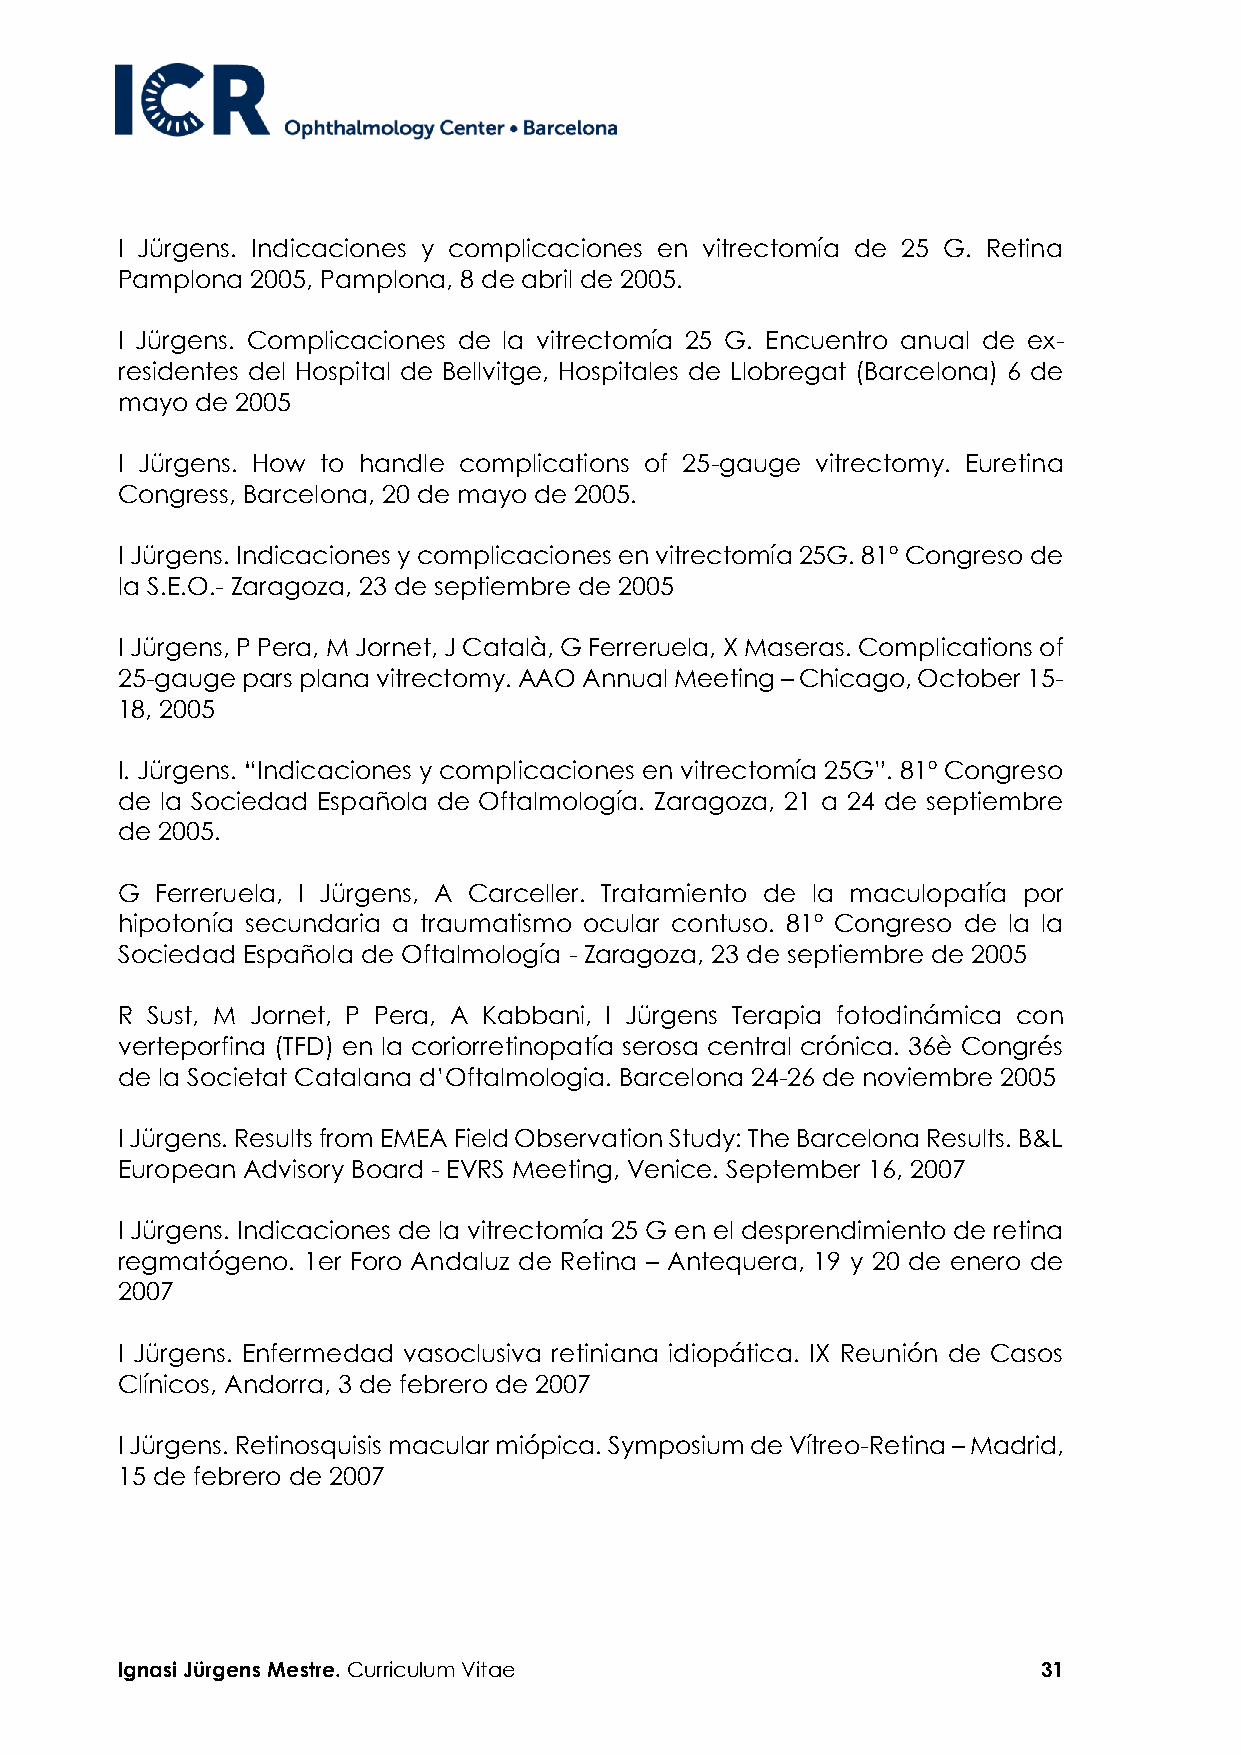
I Jürgens. Indicaciones y complicaciones en vitrectomía de 25 G. Retina
 Pamplona 2005, Pamplona, 8 de abril de 2005.
 I Jürgens. Complicaciones de la vitrectomía 25 G. Encuentro anual de ex-
 residentes del Hospital de Bellvitge, Hospitales de Llobregat (Barcelona) 6 de
 mayo de 2005
 I Jürgens. How to handle complications of 25-gauge vitrectomy. Euretina
 Congress, Barcelona, 20 de mayo de 2005.
 I Jürgens. Indicaciones y complicaciones en vitrectomía 25G. 81º Congreso de
 la S.E.O.- Zaragoza, 23 de septiembre de 2005
 I Jürgens, P Pera, M Jornet, J Català, G Ferreruela, X Maseras. Complications of
 25-gauge pars plana vitrectomy. AAO Annual Meeting – Chicago, October 15-
 18, 2005
 I. Jürgens. “Indicaciones y complicaciones en vitrectomía 25G”. 81º Congreso
 de la Sociedad Española de Oftalmología. Zaragoza, 21 a 24 de septiembre
 de 2005.
 G Ferreruela, I Jürgens, A Carceller. Tratamiento de la maculopatía por
 hipotonía secundaria a traumatismo ocular contuso. 81º Congreso de la la
 Sociedad Española de Oftalmología - Zaragoza, 23 de septiembre de 2005
 R Sust, M Jornet, P Pera, A Kabbani, I Jürgens Terapia fotodinámica con
 verteporfina (TFD) en la coriorretinopatía serosa central crónica. 36è Congrés
 de la Societat Catalana d’Oftalmologia. Barcelona 24-26 de noviembre 2005
 I Jürgens. Results from EMEA Field Observation Study: The Barcelona Results. B&L
 European Advisory Board - EVRS Meeting, Venice. September 16, 2007
 I Jürgens. Indicaciones de la vitrectomía 25 G en el desprendimiento de retina
 regmatógeno. 1er Foro Andaluz de Retina – Antequera, 19 y 20 de enero de
 2007
 I Jürgens. Enfermedad vasoclusiva retiniana idiopática. IX Reunión de Casos
 Clínicos, Andorra, 3 de febrero de 2007
 I Jürgens. Retinosquisis macular miópica. Symposium de Vítreo-Retina – Madrid,
 15 de febrero de 2007
 Ignasi Jürgens Mestre. Curriculum Vitae                      31